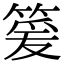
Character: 䈠